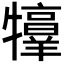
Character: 𤜀